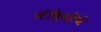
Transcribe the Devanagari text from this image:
नंदिनीचे